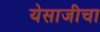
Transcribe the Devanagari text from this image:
येसाजीचा